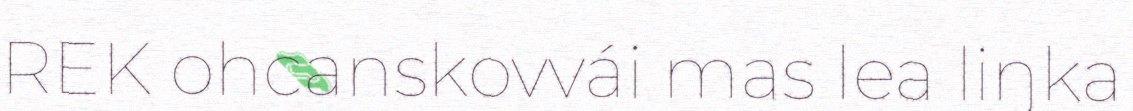
REK ohcanskovvái mas lea liŋka